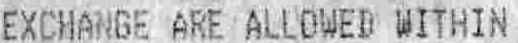
EXCHANGE ARE ALLOWED WITHIN